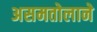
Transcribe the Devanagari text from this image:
असमतोलाने